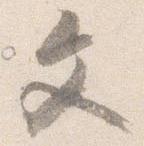
文